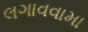
લગાવવામા